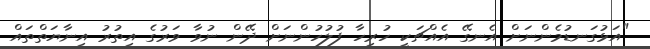
"އަޅުގަނޑުމެންނަށް އެނގޭ އެއްޗަކީ ހުރިހާ ފުލުހުންނަށް ދޭން ނުވާ ވަރުގެ އިތުރު އިނާޔަތްތައް